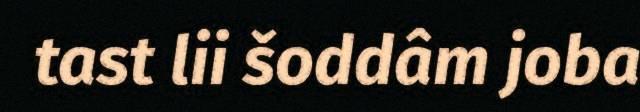
tast lii šoddâm joba